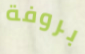
بروفة